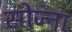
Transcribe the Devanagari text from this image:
सोज्ना